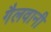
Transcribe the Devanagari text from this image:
गैलवानी